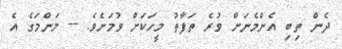
ދެން ތިބި އެންމެނަށް ވުރެ ތަފާތު މީހަކަށް ވުމަށެވެ. -- މަންމަގެ އެ